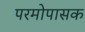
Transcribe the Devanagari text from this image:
परमोपासक